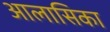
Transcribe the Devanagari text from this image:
आलासिका